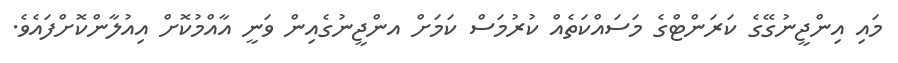
މައި އިންޖީނުގޭގެ ކަރަންޓްގެ މަސައްކަތެއް ކުރުމަސް ކަމަށް އންޖީނުގެއިން ވަނީ އާއްމުކޮށް އިއުލާންކޮށްފައެވެ.